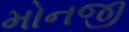
મોનજી